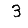
Digit: 3